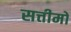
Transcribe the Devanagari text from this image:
सत्तीमो